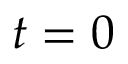
t = 0